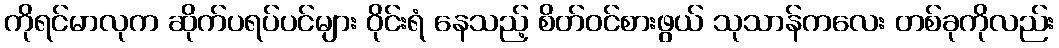
ကိုရင်မာလုက ဆိုက်ပရပ်ပင်များ ဝိုင်းရံ နေသည့် စိတ်ဝင်စားဖွယ် သုသာန်ကလေး တစ်ခုကိုလည်း